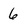
Character: 6